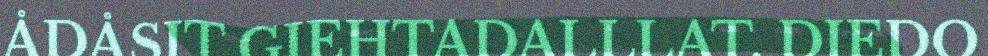
ÅDÅSIT GIEHTADALLLAT. DIEDO